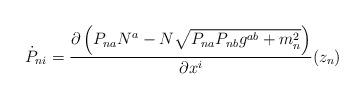
LaTeX: \begin{align*}\dot P_{ni}=\frac{\partial \left(P_{na} N^a-N \sqrt{P_{na}P_{nb}g^{ab}+ m_n^2}\right)}{\partial x^i}(z_n)\end{align*}